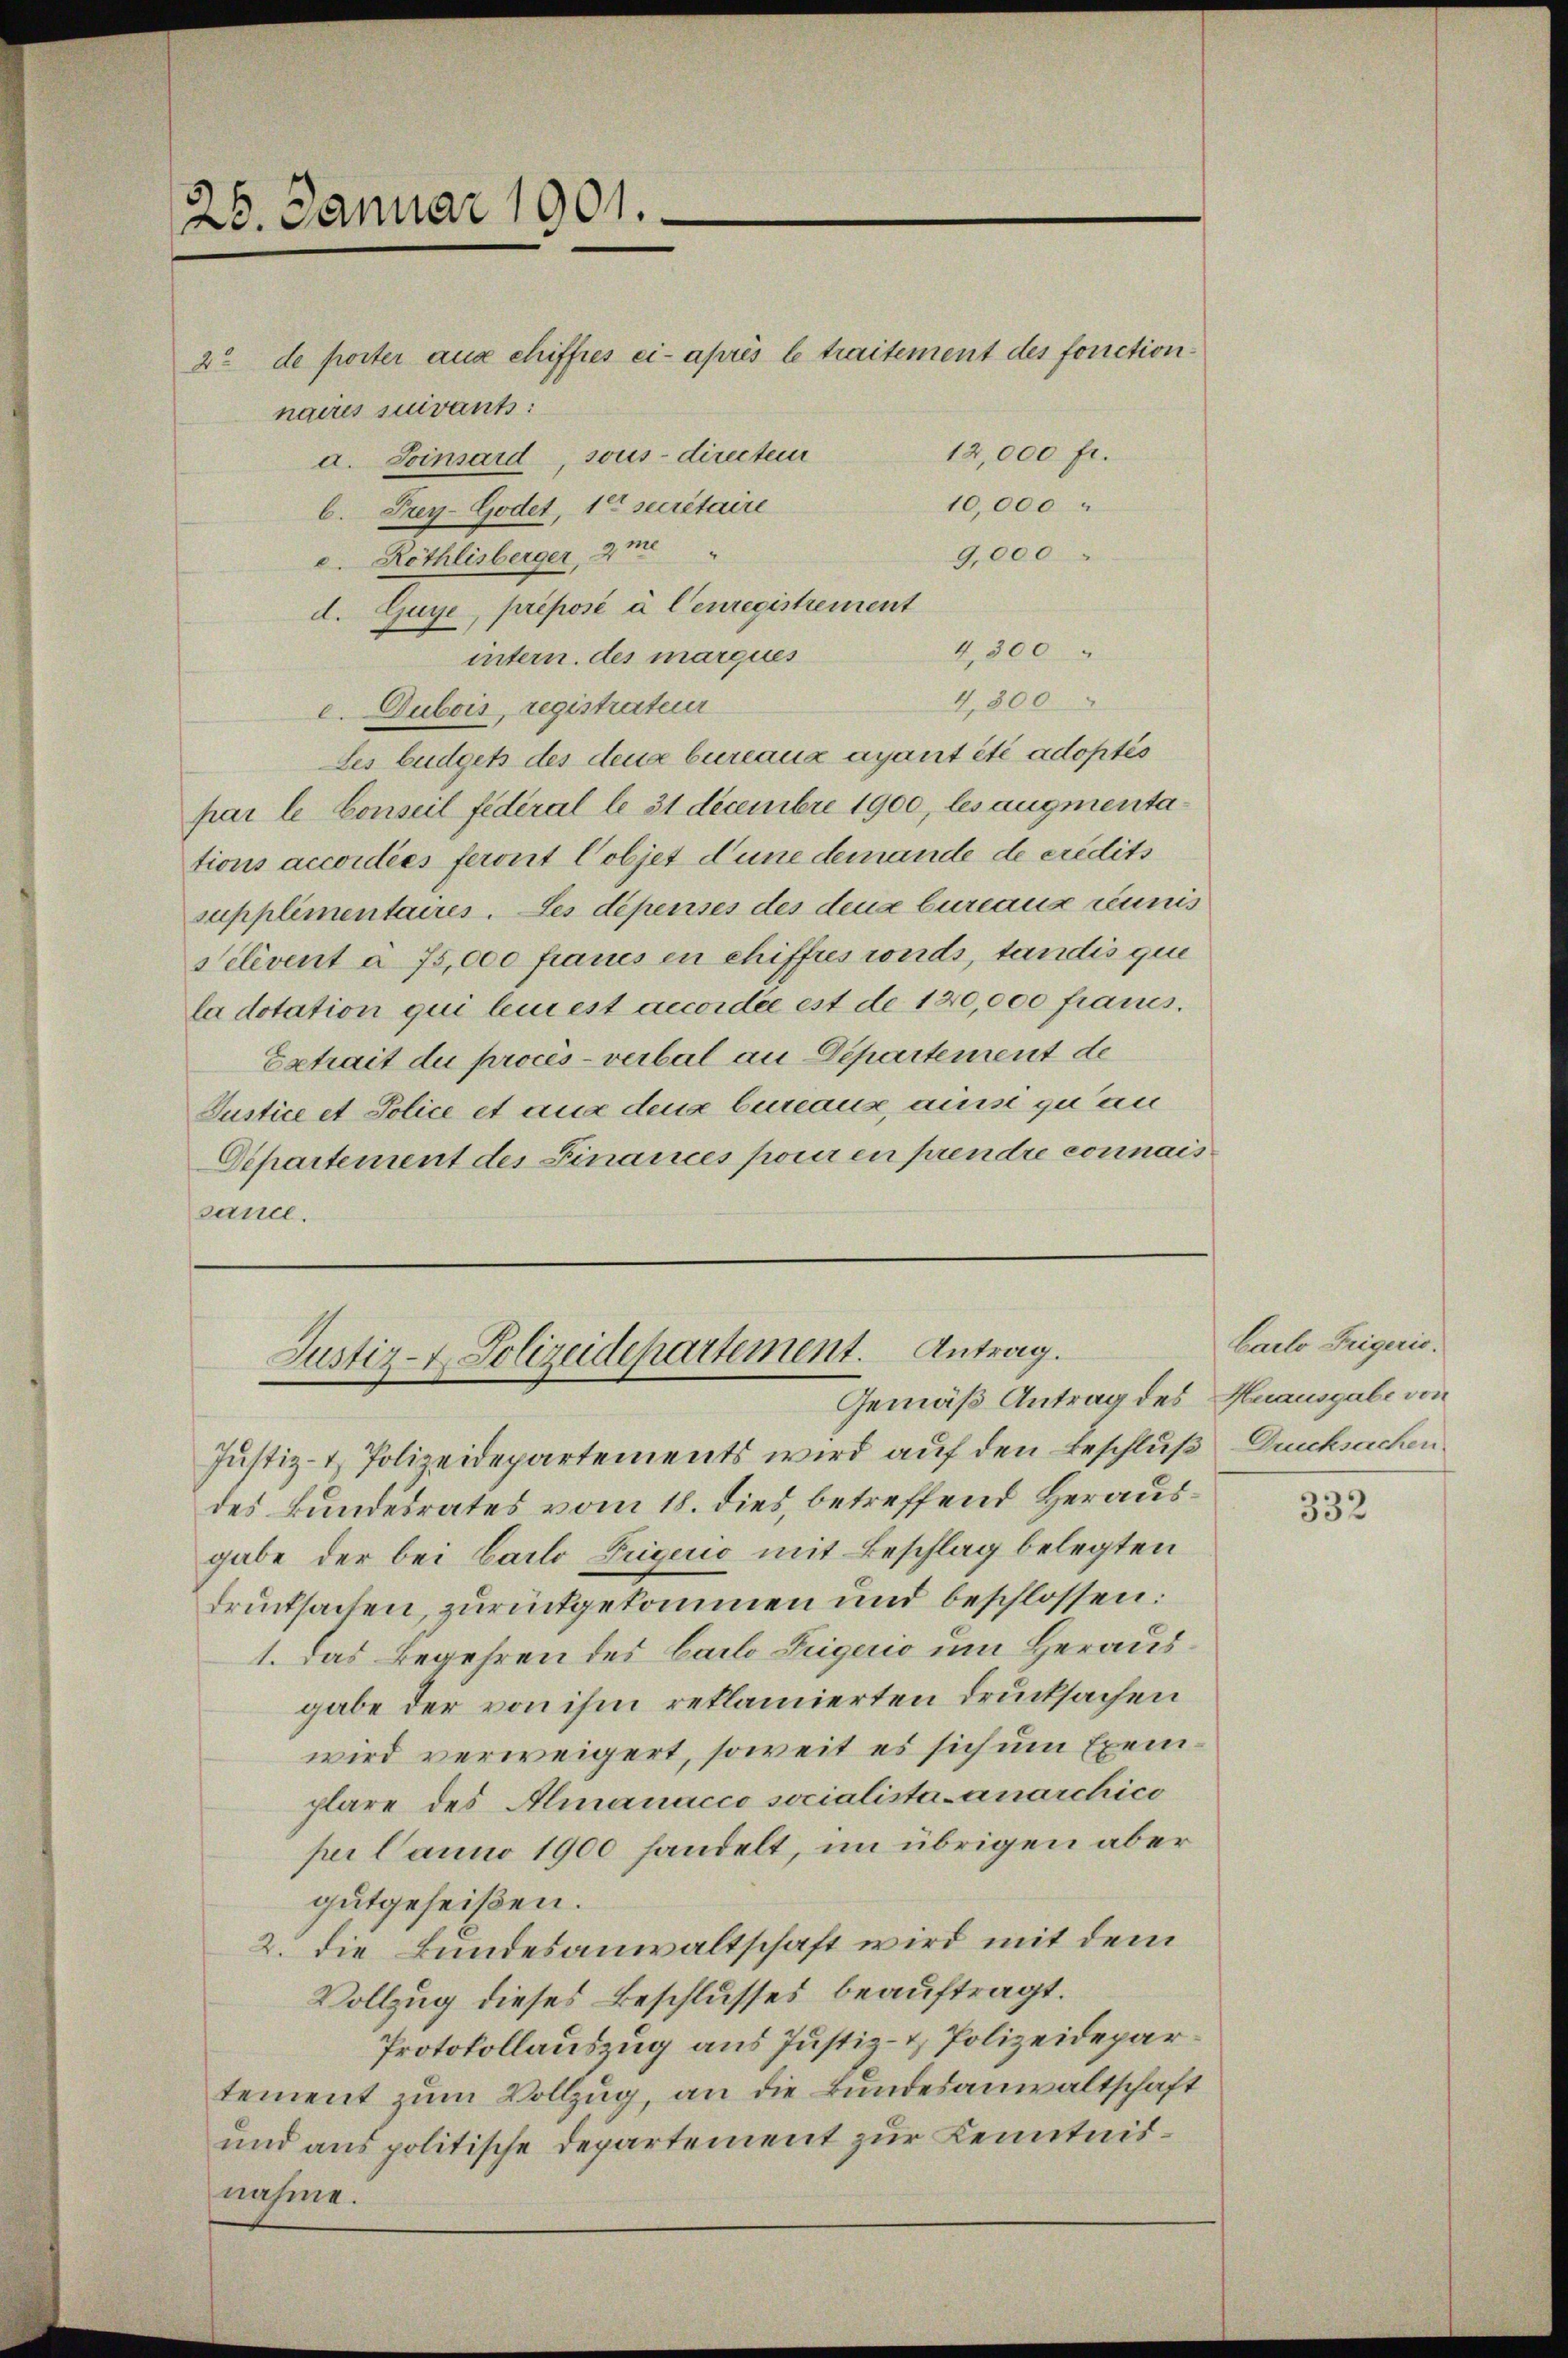
26. Januar 1901.

naires suivants:
a. Seinsard, sous directeur
10,000
b. Frey-Godet, 10 secrétaire
d. Röthlisberger, Ime "
9,000
d. Guye, préposé à Cenregistrement
4,300
intern des marques
e. Dubois, registrateur
Les büdgets des deux bureaux ayant été adoptis
par le Conseil fédéral le 31 decembre 1900, les augmentations accordées feront Cobjet d’une demande de credits
supplimentaires. Les dépenses des deux bureaux réunis
Pelivent à 75,000 francs en chiffres conds, tandis que
la dotation qui lui est accordée est de 120,000 francs.
Extrait du procès-verbal an Departement de
Justice et Police et aus dens bureause, ausse zu an
Departement des Finances pour en prendre connais
sance.

2t de poster aux chiffres ci-après le traitement des fonction¬
12,000 fr.

4,800

Justiz- Polizeidepartement. Antrag.
Gemäß Antrag des Knausgabe von

Justiz- & Polizeidepartements wird auf den Beschluß Ducksachen
des Bundesrates vom 18. dies, betreffend Herausgabe der bei Carlo Drigens mit Beschlag belegten
drucksachen, zurückgekommen und beschlossen:
1. Das Begehren des Carlo Zugerio um Herausgabe der von ihm reklamierten Drucksachen
wird verweigert, soweit es sich um Exemplare des Almanacco socialista anarchico
per Danno 1900 handelt, im übrigen aber
gutgeheißen.
2. die Bundesanwaltschaft wird mit dem
Vollzug dieses Beschlusses beauftragt.
Protokollauszug aus Justiz- & Polizeidepartement zum Vollzug, an die Bundesanwaltschaft
und aus politische Departement zur Kenntnisnahme.

Cailo Trigeric

332